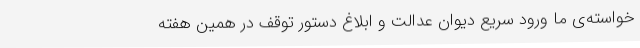
خواسته‌ی ما ورود سریع دیوان عدالت و ابلاغ دستور توقف در همین هفته